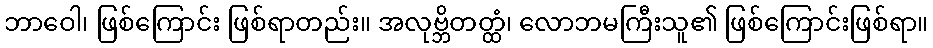
ဘာဝေါ၊ ဖြစ်ကြောင်း ဖြစ်ရာတည်း။ အလုဗ္ဘိတတ္ထံ၊ လောဘမကြီးသူ၏ ဖြစ်ကြောင်းဖြစ်ရာ။